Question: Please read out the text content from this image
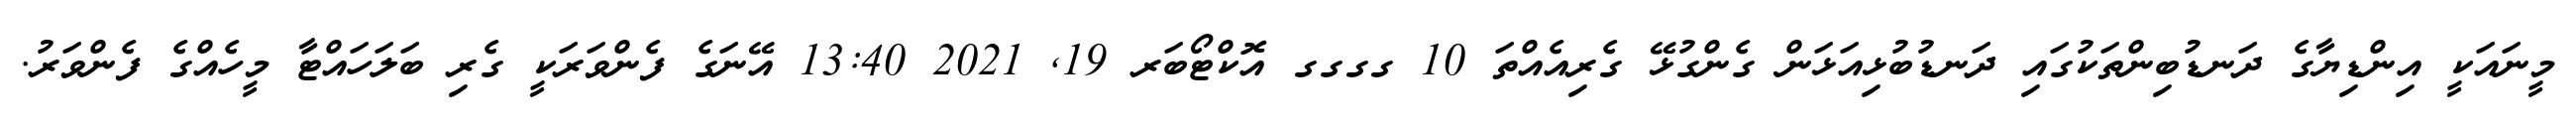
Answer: މީނައަކީ އިންޑިޔާގެ ދަނޑުބިންތަކުގައި ދަނޑުބުޅިއަޅަން ގެންގުޅޭ ގެރިއެއްތަ 10 ގގގގ އޮކްޓޯބަރ 19, 2021 13:40 އޭނަގެ ފެންވަރަކީ ގެރި ބަލަހައްޓާ މީހެއްގެ ފެންވަރު.